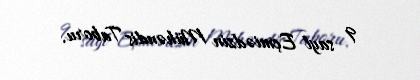
9 sayl Eçmiədzin Mühəndis Taboru.